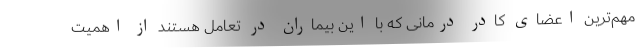
مهم‌ترین اعضای کادر درمانی که با این بیماران در تعامل هستند از اهمیت